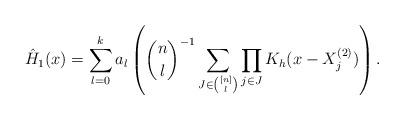
LaTeX: \begin{align*}\hat{H}_1(x) = \sum_{l=0}^k a_l\left(\binom{n}{l}^{-1}\sum_{J\in\binom{[n]}{l}}\prod_{j\in J} K_h(x-X_{j}^{(2)})\right).\end{align*}